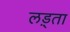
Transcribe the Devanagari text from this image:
लड़्ता